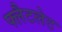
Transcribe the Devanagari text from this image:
फ्लैटलेट